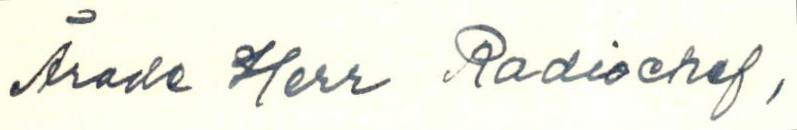
Ärade Herr Radiochef,